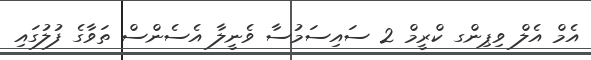
އެމް އެލް ވިޕިންގ ކްރީމް 2 ސައިސަމުސާ ވެނީލާ އެސެންސް ތަވާގެ ފުލުގައި